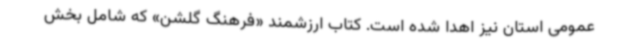
عمومی استان نیز اهدا شده است. کتاب ارزشمند «فرهنگ گلشن» که شامل بخش